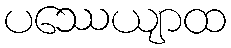
ပဿေယျာထ